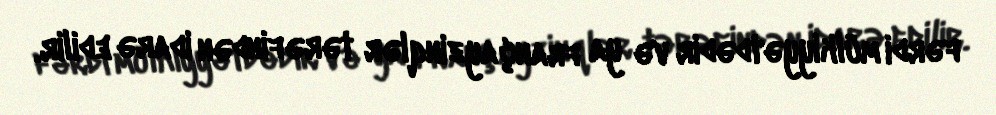
fərdi mülkiyyətdədir və ya françayzinqlər tərəfindən idarə edilir.